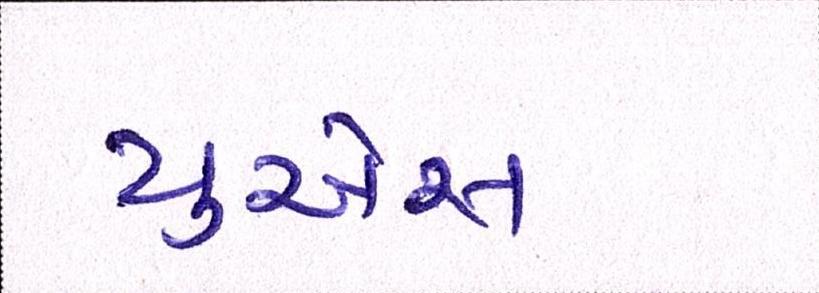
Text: યુએસ